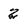
Character: 2